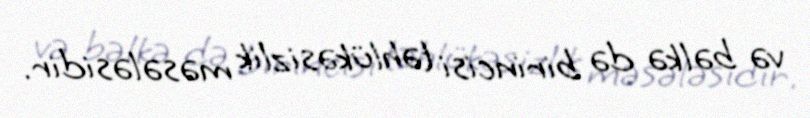
və bəlkə də birincisi təhlükəsizlik məsələsidir.